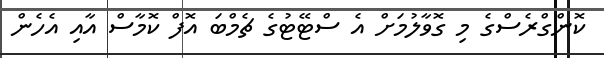
ކޮންގްރެސްގެ މި ގޮވާލުމަށް އެ ސްޓޭޓުގެ ޗެމްބަ އޮފް ކޮމާސް އާއި އެހެން